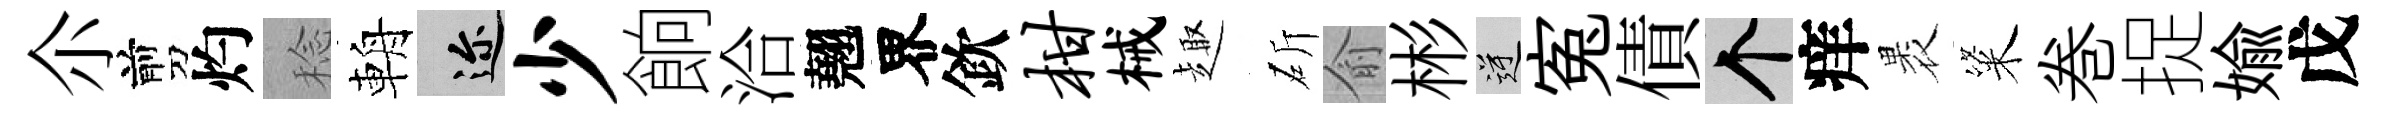
尒剪灼稔輈邇少餉洽翹界欽柑械趣斫俞彬逆寃債个痒褁粢巻捉媮戊